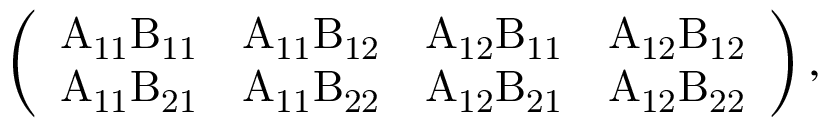
\left( \begin{array} { l l l l } { \mathrm { A _ { 1 1 } B _ { 1 1 } } } & { \mathrm { A _ { 1 1 } B _ { 1 2 } } } & { \mathrm { A _ { 1 2 } B _ { 1 1 } } } & { \mathrm { A _ { 1 2 } B _ { 1 2 } } } \\ { \mathrm { A _ { 1 1 } B _ { 2 1 } } } & { \mathrm { A _ { 1 1 } B _ { 2 2 } } } & { \mathrm { A _ { 1 2 } B _ { 2 1 } } } & { \mathrm { A _ { 1 2 } B _ { 2 2 } } } \end{array} \right) ,